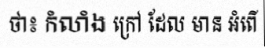
ថា៖ កំលាំង ក្រៅ ដែល មាន អំពើ